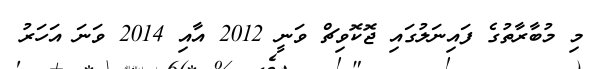
މި މުބާރާތުގެ ފައިނަލުގައި ޖޮކޮވިޗް ވަނީ 2012 އާއި 2014 ވަނަ އަހަރު